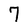
Character: 7